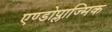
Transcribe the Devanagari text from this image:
एण्डोप्लाज्मिक